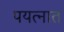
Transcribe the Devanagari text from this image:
पयत्नात